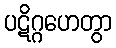
ပဋိဂ္ဂဟေတွာ